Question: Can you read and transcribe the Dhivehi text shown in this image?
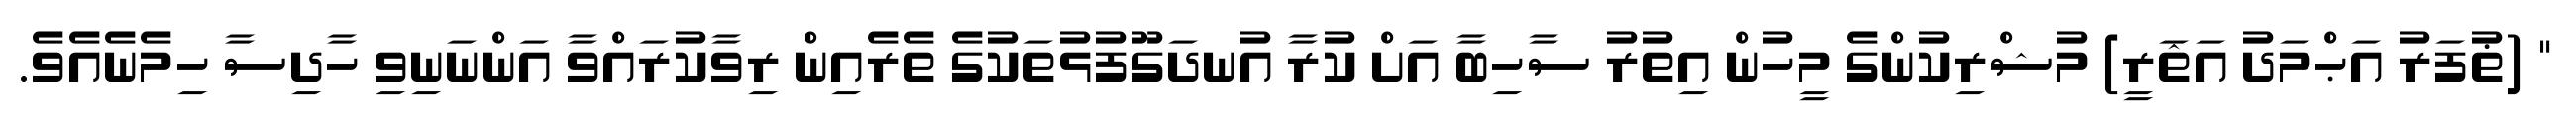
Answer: " (ޡުފަރު އަޙްމަދު އަޘަރީ) މުޝްރިކުންގެ މީހުން އިތުރު ސާހިބާ އަށް ކުރާ އުނދަގޫފުޅުތަކުގެ ތެރެއިން ރިވާކުރައްވާ އަންނަނިވި ހާދިސާ ހިމެނެއެވެ.